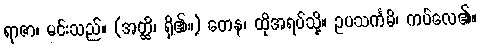
ရာဇာ၊ မင်းသည်။ (အတ္ထိ၊ ရှိ၏။) တေန၊ ထိုအရပ်သို့။ ဥပသင်္ကမိ၊ ကပ်လေ၏။